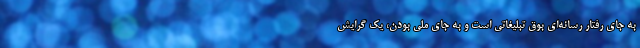
به جای رفتار رسانه‌ای بوق تبلیغاتی است و به جای ملی بودن، یک گرایش